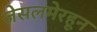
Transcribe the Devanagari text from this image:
जेसलमेरहून